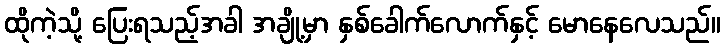
ထိုကဲ့သို့ ပြေးရသည့်အခါ အချို့မှာ နှစ်ခေါက်လောက်နှင့် မောနေလေသည်။